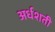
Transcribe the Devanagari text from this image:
अर्धशती